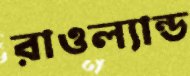
রাওল্যান্ড